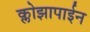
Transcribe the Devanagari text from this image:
क्लोझापाईन